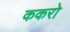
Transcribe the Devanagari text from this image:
ककरो